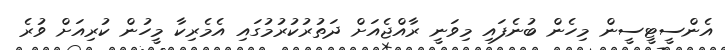
އެންސީޓީސީން މިހެން ބުނެފައި މިވަނީ ރާއްޖެއަށް ދަތުރުކުރުމުގައި އެމެރިކާ މީހުން ކުރިއަށް ވުރެ